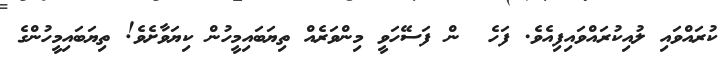
ކުރައްވައި ލުއިކުރައްވައިފިއެވެ. ފަހެ  ން ފަސޭހަވީ މިންވަރެއް ތިޔަބައިމީހުން ކިޔަވާށެވެ! ތިޔަބައިމީހުންގެ